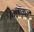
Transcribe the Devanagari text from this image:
विणकरी